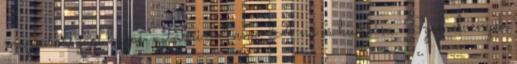
magyarországi húgai Fábri Anna: A nő és hivatása. Szemelvények